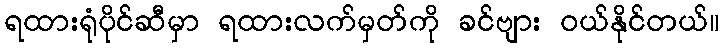
ရထားရုံပိုင်ဆီမှာ ရထားလက်မှတ်ကို ခင်ဗျား ဝယ်နိုင်တယ်။